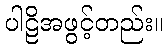
ပါဠိအဖွင့်တည်း။